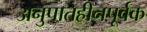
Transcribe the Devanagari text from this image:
अनुपातहीनपूर्वक